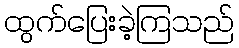
ထွက်ပြေးခဲ့ကြသည်